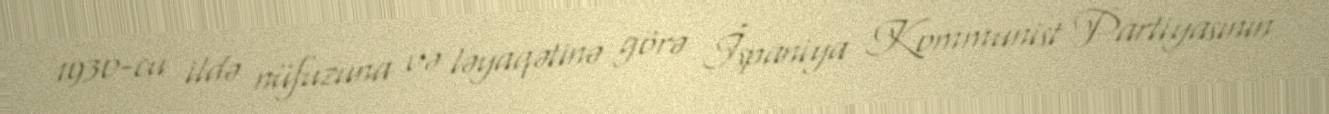
1930-cu ildə nüfuzuna və ləyaqətinə görə İspaniya Kommunist Partiyasının